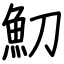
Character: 魛